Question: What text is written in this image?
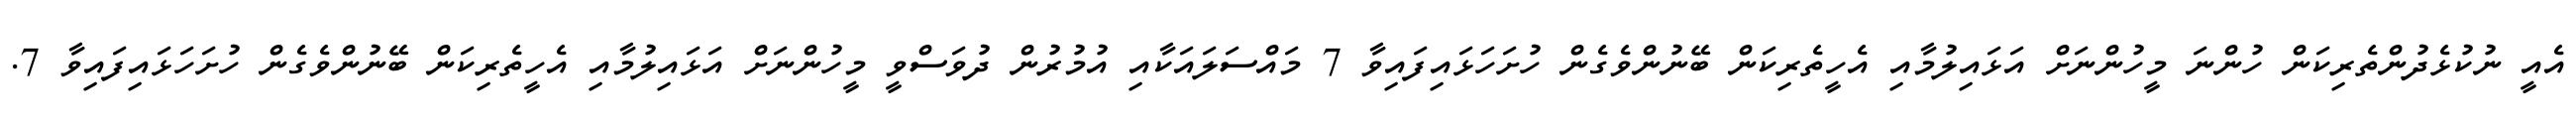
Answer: އެއީ ނުކުޅެދުންތެރިކަން ހުންނަ މީހުންނަށް އަޅައިލުމާއި އެހީތެރިކަން ބޭނުންވެގެން ހުށަހަޅައިފައިވާ 7 މައްސަލައަކާއި އުމުރުން ދުވަސްވީ މީހުންނަށް އަޅައިލުމާއި އެހީތެރިކަން ބޭނުންވެގެން ހުށަހަޅައިފައިވާ 7.